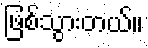
ဖြစ်သွားတယ်။